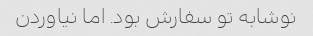
نوشابه تو سفارش بود. اما نیاوردن